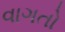
વાગતો